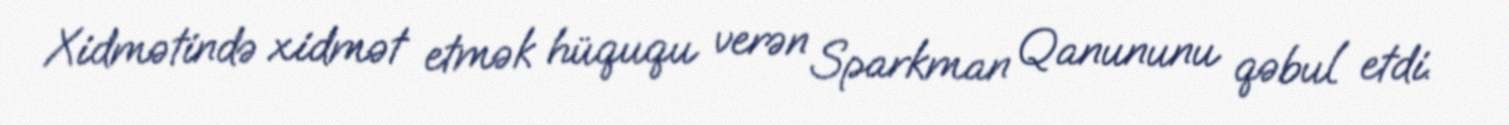
Xidmətində xidmət etmək hüququ verən Sparkman Qanununu qəbul etdi.